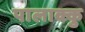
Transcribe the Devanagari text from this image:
पालाक्कु